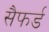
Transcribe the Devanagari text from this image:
सैफर्ड